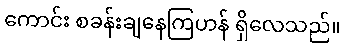
ကောင်း စခန်းချနေကြဟန် ရှိလေသည်။